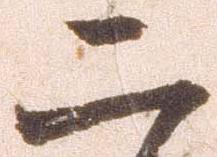
二